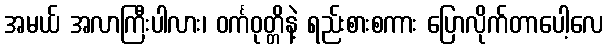
အမယ် အလာကြီးပါလား၊ ဝင်္ကဝုတ္တိနဲ့ ရည်းစားစကား ပြောလိုက်တာပေါ့လေ